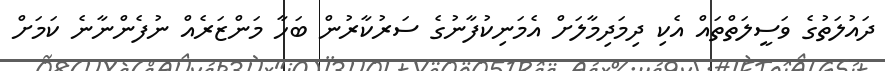
ދައުލަތުގެ ވަސީލަތްތައް އެކި ދިމަދިމާލަށް އެމަނިކުފާނުގެ ސަރުކާރުން ބަހާ މަންޒަރެއް ނުފެންނާނެ ކަމަށް